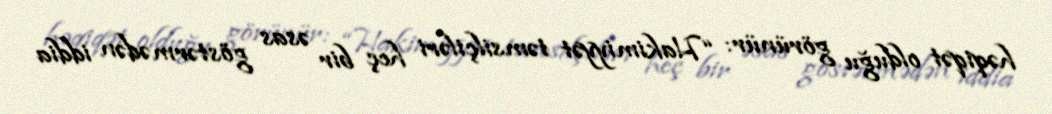
həqiqət olduğu görünür: “Hakimiyyət təmsilçiləri heç bir əsas göstərmədən iddia